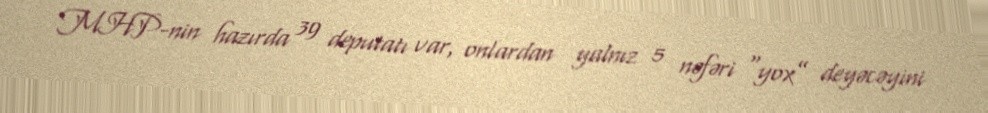
MHP-nin hazırda 39 deputatı var, onlardan yalnız 5 nəfəri “yox” deyəcəyini